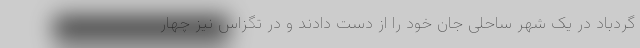
گردباد در یک شهر ساحلی جان خود را از دست دادند و در تگزاس نیز چهار